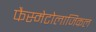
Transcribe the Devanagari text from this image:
फैस्मेटोलाजिकल